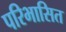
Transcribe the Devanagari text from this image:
परिभासित